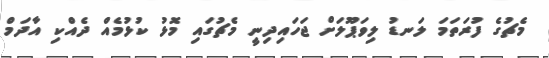
މެޗުގެ ފުރަތަމަ ލަނޑު ލިވަޕޫލަށް ޖަހައިދިނީ މެޗުގައި މޮޅު ކުޅުމެއް ދެއްކި އާދަމް